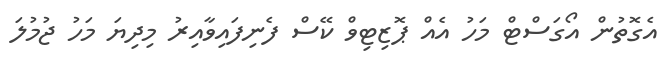
އެގޮތުން އޯގަސްޓް މަހު އެއް ޕޮޒިޓިވް ކޭސް ފެނިފައިވާއިރު މިދިޔަ މަހު ޖުމުލަ